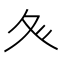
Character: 𭐝